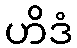
ဟိဒံ